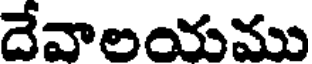
దేవాలయము